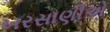
ખરસાણીએ